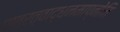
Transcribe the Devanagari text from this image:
पात्रत्वाद्धनमाप्नोति